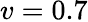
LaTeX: v=0.7